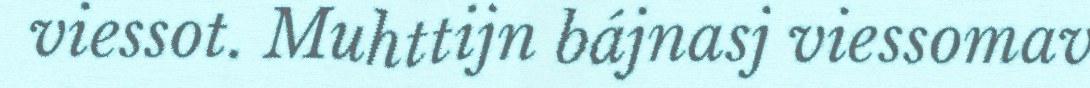
viessot. Muhttijn bájnasj viessomav